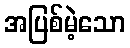
အပြစ်မဲ့သော